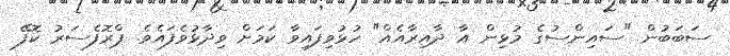
ސަބަބުން "ސައިންސުގެ މުޅިން އާ ދާއިރާއެއް" ހުޅުވިފައިވާ ކަމަށް ވިދާޅުވެފައެވެ. ޕްރޮފެސަރު ކޮފޭ